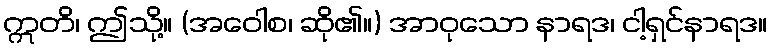
ဣတိ၊ ဤသို့။ (အဝေါစ၊ ဆို၏။) အာဝုသော နာရဒ၊ ငါ့ရှင်နာရဒ။